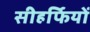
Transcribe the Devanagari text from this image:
सीहर्फियों